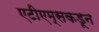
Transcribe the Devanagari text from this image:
एटीएम्सकडून